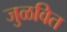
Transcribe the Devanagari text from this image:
जुळवित